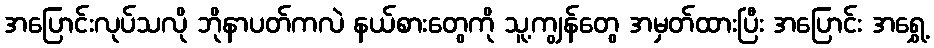
အပြောင်းလုပ်သလို ဘိုနာပတ်ကလဲ နယ်စားတွေကို သူ့ကျွန်တွေ အမှတ်ထားပြီး အပြောင်း အရွှေ့